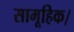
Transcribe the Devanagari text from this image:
सामूहिक।